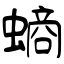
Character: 螪